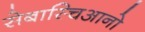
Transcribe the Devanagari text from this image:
सेबास्चिआनो